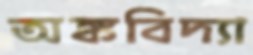
অঙ্কবিদ্যা